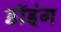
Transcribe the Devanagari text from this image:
डॉइंग